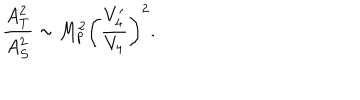
\frac { A _ { T } ^ { 2 } } { A _ { S } ^ { 2 } } \sim M _ { p } ^ { 2 } \left( \frac { V _ { 4 } ^ { \prime } } { V _ { 4 } } \right) ^ { 2 } .